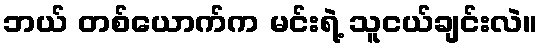
ဘယ် တစ်ယောက်က မင်းရဲ့ သူငယ်ချင်းလဲ။